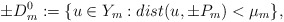
\begin{align*}\pm D_{m}^{0}:=\{u\in Y_{m}: dist(u, \pm P_{m})<\mu_{m}\}, \end{align*}